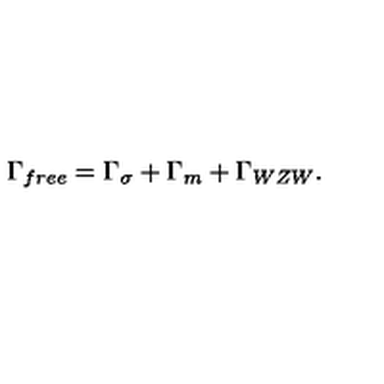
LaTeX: \Gamma _ { f r e e } = \Gamma _ { \sigma } + \Gamma _ { m } + \Gamma _ { W Z W } .